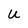
Character: U